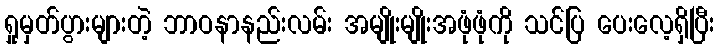
ရှုမှတ်ပွားများတဲ့ ဘာဝနာနည်းလမ်း အမျိုးမျိုးအဖုံဖုံကို သင်ပြ ပေးလေ့ရှိပြီး